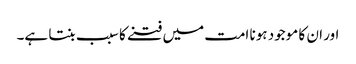
اور ان کا موجود ہونا امت میں فتنے کا سبب بنتا ہے۔